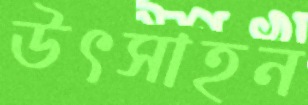
উৎসাহন